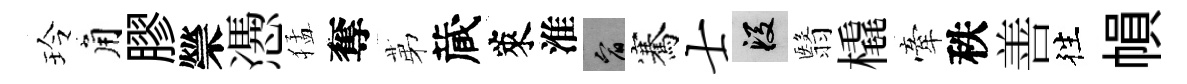
玲角膠禜慿猛奪苐蔵萊淮宥騫士段翳橇牽秩善徃𢄙